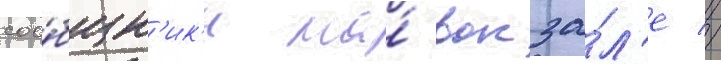
соо́бщн'ик'и на́ вокза́л'е //